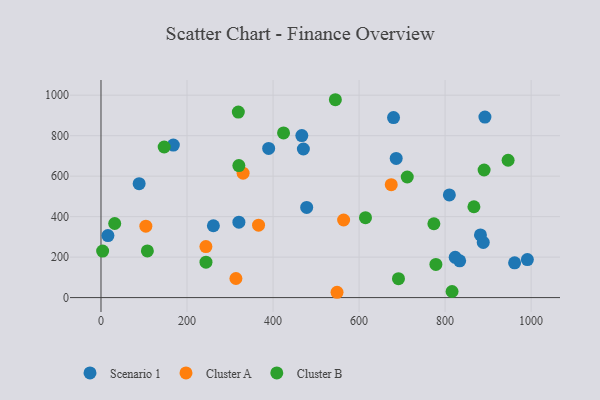
{"axis": {"x": "Ad Spend", "y": "Yield"}, "legend": ["Cluster A", "Cluster B", "Scenario 1"], "data": [{"x": "168.2", "y": 753.4, "type": "Scenario 1"}, {"x": "833.9", "y": 181.4, "type": "Scenario 1"}, {"x": "466.9", "y": 800.4, "type": "Scenario 1"}, {"x": "892.6", "y": 892.0, "type": "Scenario 1"}, {"x": "470.5", "y": 734.2, "type": "Scenario 1"}, {"x": "680.1", "y": 889.6, "type": "Scenario 1"}, {"x": "686.3", "y": 687.6, "type": "Scenario 1"}, {"x": "88.7", "y": 562.7, "type": "Scenario 1"}, {"x": "16.1", "y": 306.5, "type": "Scenario 1"}, {"x": "320.6", "y": 372.8, "type": "Scenario 1"}, {"x": "261.3", "y": 355.0, "type": "Scenario 1"}, {"x": "809.9", "y": 507.4, "type": "Scenario 1"}, {"x": "991.3", "y": 187.8, "type": "Scenario 1"}, {"x": "888.7", "y": 272.3, "type": "Scenario 1"}, {"x": "389.8", "y": 737.1, "type": "Scenario 1"}, {"x": "478.2", "y": 445.7, "type": "Scenario 1"}, {"x": "882.2", "y": 309.4, "type": "Scenario 1"}, {"x": "823.5", "y": 198.9, "type": "Scenario 1"}, {"x": "961.6", "y": 171.5, "type": "Scenario 1"}, {"x": "564.1", "y": 383.3, "type": "Cluster A"}, {"x": "548.8", "y": 26.2, "type": "Cluster A"}, {"x": "104.3", "y": 352.9, "type": "Cluster A"}, {"x": "330.4", "y": 614.9, "type": "Cluster A"}, {"x": "366.3", "y": 357.8, "type": "Cluster A"}, {"x": "243.9", "y": 251.9, "type": "Cluster A"}, {"x": "313.7", "y": 94.2, "type": "Cluster A"}, {"x": "674.8", "y": 558.0, "type": "Cluster A"}, {"x": "816.2", "y": 30.1, "type": "Cluster B"}, {"x": "107.8", "y": 230.4, "type": "Cluster B"}, {"x": "773.9", "y": 364.8, "type": "Cluster B"}, {"x": "31.9", "y": 366.1, "type": "Cluster B"}, {"x": "712.0", "y": 595.8, "type": "Cluster B"}, {"x": "691.6", "y": 93.5, "type": "Cluster B"}, {"x": "614.9", "y": 394.9, "type": "Cluster B"}, {"x": "946.5", "y": 678.6, "type": "Cluster B"}, {"x": "319.3", "y": 916.5, "type": "Cluster B"}, {"x": "778.6", "y": 163.6, "type": "Cluster B"}, {"x": "424.4", "y": 813.8, "type": "Cluster B"}, {"x": "146.9", "y": 744.0, "type": "Cluster B"}, {"x": "244.1", "y": 174.8, "type": "Cluster B"}, {"x": "867.0", "y": 448.8, "type": "Cluster B"}, {"x": "544.9", "y": 977.7, "type": "Cluster B"}, {"x": "320.5", "y": 652.1, "type": "Cluster B"}, {"x": "3.8", "y": 229.8, "type": "Cluster B"}, {"x": "890.7", "y": 630.4, "type": "Cluster B"}]}